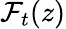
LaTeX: {\mathcal{F}}_{t}(z)